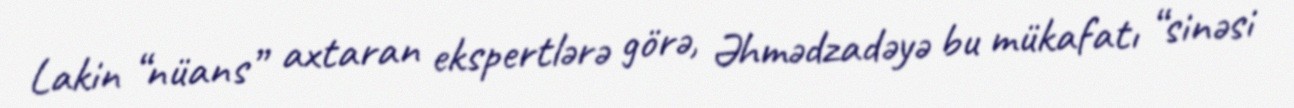
Lakin “nüans” axtaran ekspertlərə görə, Əhmədzadəyə bu mükafatı “sinəsi